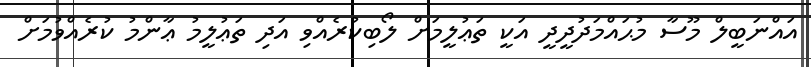
އައްނަބީލް މޫސާ މުޙައްމަދުދީދީ އަކީ ތަޢުލީމަށް ލޯބިކުރެއްވި އަދި ތަޢުލީމު ޢާންމު ކުރެއްވުމަށް